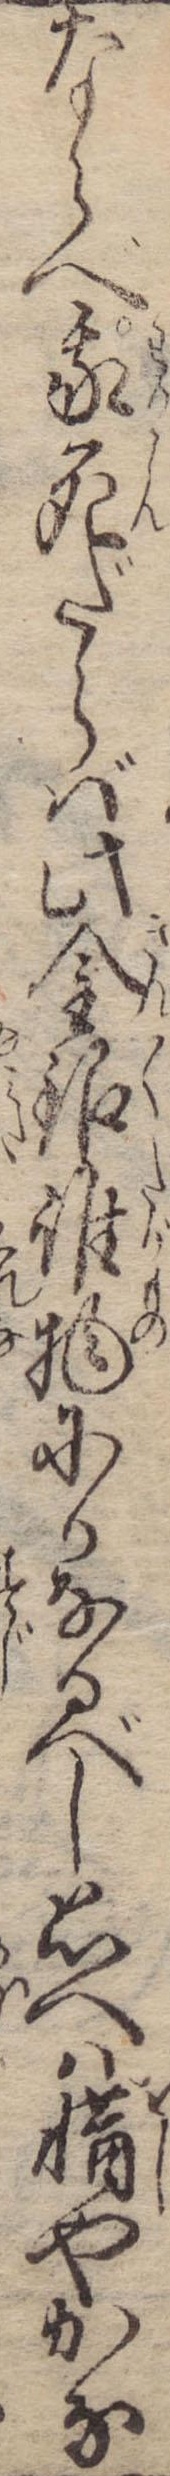
ならべ我死だらば此金銀誰物にかなるべし思へは惜やかな